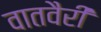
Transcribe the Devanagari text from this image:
वातवैरी